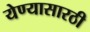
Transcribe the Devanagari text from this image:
येण्यासारठी